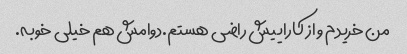
من خریدم و از کاراییش راضی هستم.دوامش هم خیلی خوبه.